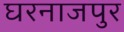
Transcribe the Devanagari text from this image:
घरनाजपुर